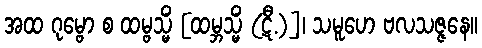
အထ ဂုမ္ဗော စ ထမ္ဗသ္မိံ [ထမ္ဘသ္မိံ (ဋီ.)]၊ သမူဟေ ဗလသဇ္ဇနေ။